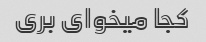
کجا میخوای بری